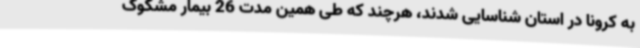
به کرونا در استان شناسایی شدند، هرچند که طی همین مدت 26 بیمار مشکوک